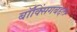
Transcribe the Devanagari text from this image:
बॉक्सिंगबद्दल